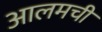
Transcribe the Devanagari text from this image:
आलमची